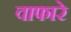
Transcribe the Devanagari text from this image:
वाफारे